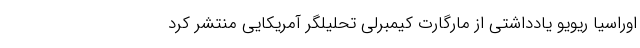
اوراسیا ریویو یادداشتی از مارگارت کیمبرلی تحلیلگر آمریکایی منتشر کرد